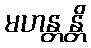
မဟန္တန္တိ